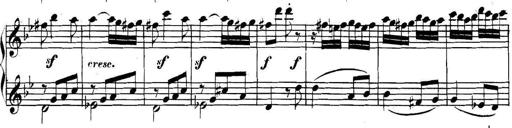
Title: Collected Piano Sonatas
Composer: Muzio Clementi